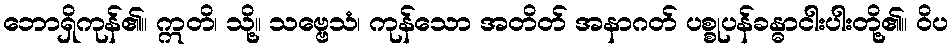
ဘောရှိကုန်၏။ ဣတိ၊ သို့။ သဗ္ဗေသံ၊ ကုန်သော အတိတ် အနာဂတ် ပစ္စုပန်ခန္ဓာငါးပါးတို့၏။ ဝိပ